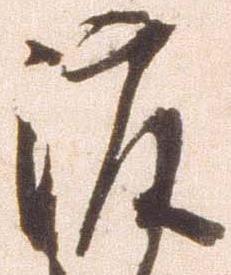
渡